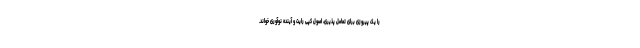
را یک پیروزی برای تعامل پذیری، اصول کپی رایت و آینده نوآوری خواند.